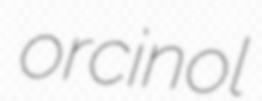
orcinol